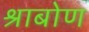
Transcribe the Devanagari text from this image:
श्राबोण